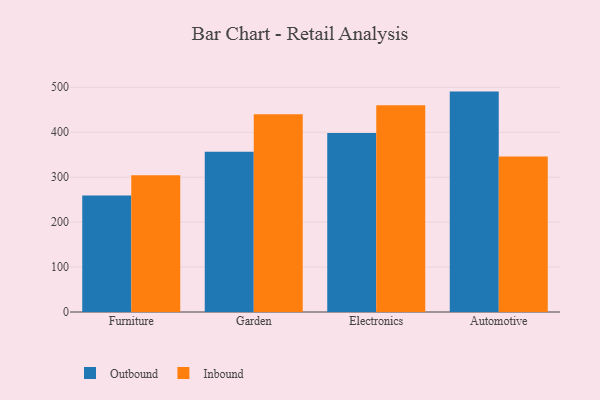
{"axis": {"x": "Category", "y": "Net Income (USD K)"}, "legend": ["Inbound", "Outbound"], "data": [{"x": "Furniture", "y": 259.3, "type": "Outbound"}, {"x": "Furniture", "y": 304.4, "type": "Inbound"}, {"x": "Garden", "y": 356.3, "type": "Outbound"}, {"x": "Garden", "y": 440.1, "type": "Inbound"}, {"x": "Electronics", "y": 398.2, "type": "Outbound"}, {"x": "Electronics", "y": 460.3, "type": "Inbound"}, {"x": "Automotive", "y": 490.4, "type": "Outbound"}, {"x": "Automotive", "y": 346.0, "type": "Inbound"}]}